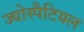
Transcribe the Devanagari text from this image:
ज्योस्पैटियल